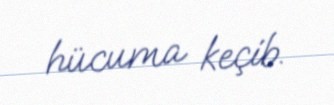
hücuma keçib.